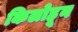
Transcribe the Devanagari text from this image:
किलोहून